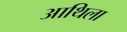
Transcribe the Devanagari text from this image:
आथिला